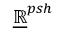
{ \underline { { \mathbb { R } } } } ^ { p s h }